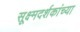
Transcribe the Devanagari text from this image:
सूक्ष्मदर्शकांच्या